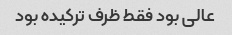
عالی بود فقط ظرف ترکیده بود